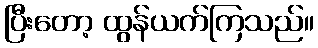
ပြီးတော့ ထွန်ယက်ကြသည်။